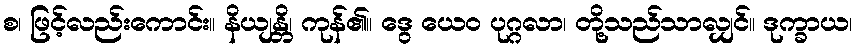
စ၊ ဖြင့်လည်းကောင်း။ နိယျန္တိ၊ ကုန်၏။ ဒွေ ယေဝ ပုဂ္ဂလာ၊ တို့သည်သာလျှင်။ ဒုက္ခာယ၊